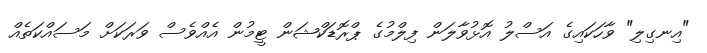
"އިނގިލި" ވާހަކައިގެ އަސްލު އޮޅުވާލަން ފިލްމުގެ ޕްރޮޑަކްޝަން ޓީމުން އެއްވެސް ވަރަކަށް މަސައްކަތެއް